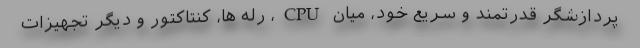
پردازشگر قدرتمند و سریع خود، میان CPU، رله ها، کنتاکتور و دیگر تجهیزات